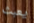
يعبث